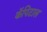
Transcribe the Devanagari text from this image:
कॅपिटाल